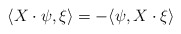
\begin{align*}\langle X\cdot\psi,\xi\rangle=-\langle \psi,X\cdot\xi\rangle\end{align*}